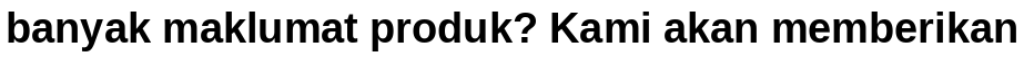
banyak maklumat produk? Kami akan memberikan